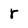
Character: r